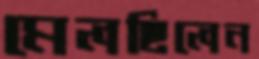
মেলছিলেন